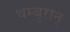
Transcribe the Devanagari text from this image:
थम्बुरान्